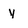
Character: Y